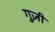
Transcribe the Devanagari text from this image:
गुज़ी